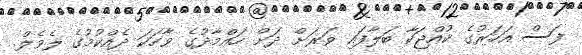
ފަސް އަހަރުގެ ކުއްޖަކާ ބަލާފައި ވަރަށް ދަށް ހައްމާދުގެ ވާހަކަ ދެއްކުމުގެ ލެވެލް.